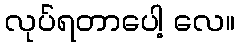
လုပ်ရတာပေါ့ လေ။